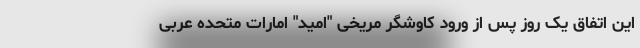
این اتفاق یک روز پس از ورود کاوشگر مریخی "امید" امارات متحده عربی